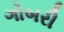
ગોબરી